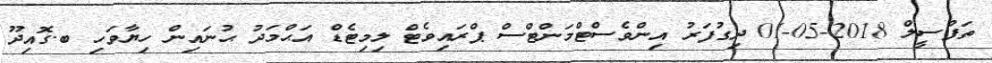
ތަފްސީލް 2018-05-01 ދިގުފަރު އިންވެސްޓްމަންޓްސް ޕްރައިވެޓް ލިމިޓެޑް އަޙްމަދު ޙުނައިން ހިޔާވަހި ބ.ގޮއިދޫ